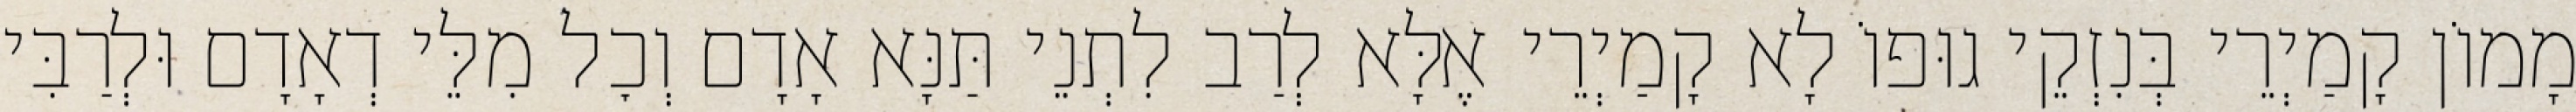
מָמוֹן קָמַיְרֵי בְּנִזְקֵי גוּפוֹ לָא קָמַיְרֵי אֶלָּא לְרַב לִתְנֵי תַּנָּא אָדָם וְכׇל מִלֵּי דְאָדָם וּלְרַבִּי